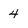
Character: 4